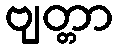
ဗျတ္တာ